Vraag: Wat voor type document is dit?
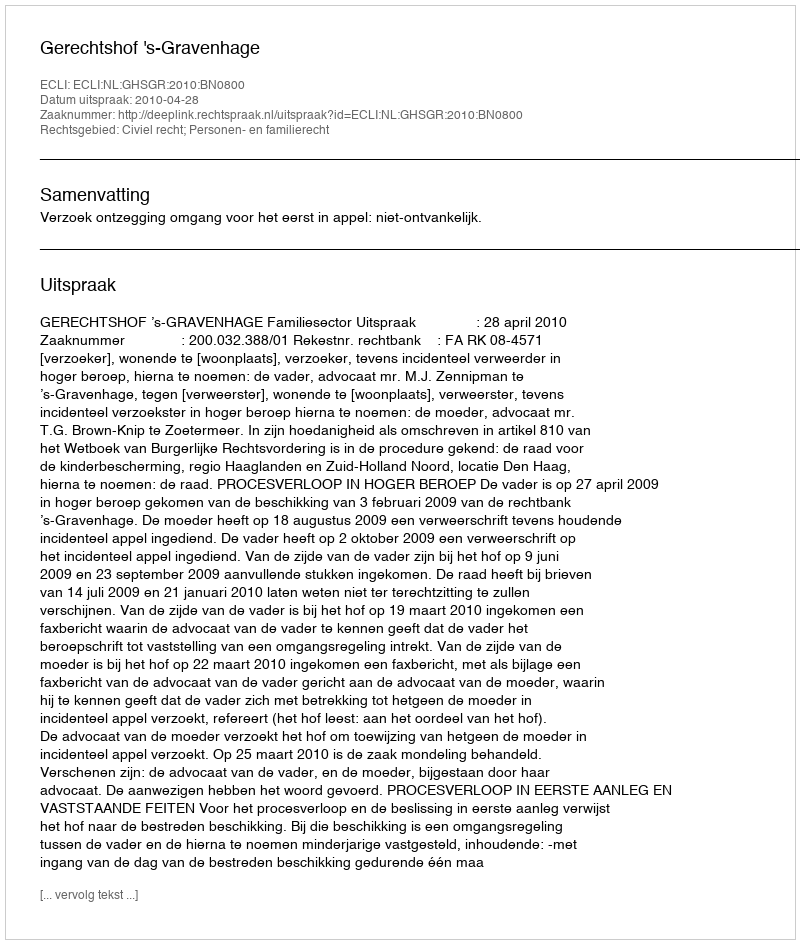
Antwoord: Uitspraak